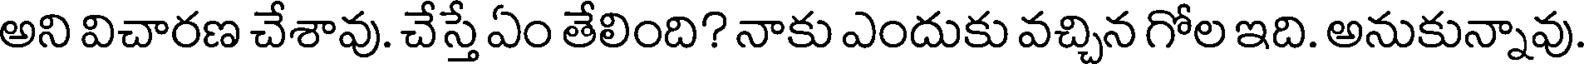
అని విచారణ చేశావు. చేస్తే ఏం తేలింది? నాకు ఎందుకు వచ్చిన గోల ఇది. అనుకున్నావు